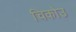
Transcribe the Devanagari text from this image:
चिकोउ